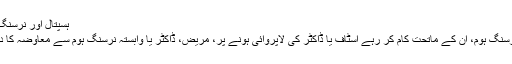
ہسپتال اَور نرسنگ ہوم کی ذمہ داری
کوئی ہسپتال اَور نرسنگ ہوم، اُن کے ماتحت کام کر رہے اسٹاف یا ڈاکٹر کی لاپروائی ہونے پر، مریض، ڈاکٹر یا وابستہ نرسنگ ہوم سے معاوضہ کا دعویٰ کر سکتا ہے۔